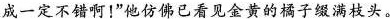
成一定不错啊!”他仿佛已看见金黄的橘子缀满枝头。